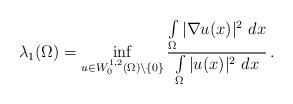
LaTeX: \begin{align*}\lambda_1(\Omega)= \inf_{u \in W_0^{1,2}(\Omega) \setminus \{0\}} \frac{\int\limits_{\Omega} |\nabla u(x)|^2~dx}{\int\limits_{\Omega} |u(x)|^2~dx}\,.\end{align*}